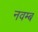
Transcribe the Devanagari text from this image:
नवम्ब